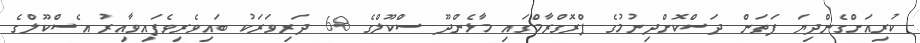
ކުރިއަށްގެންދިޔަ ފަތަން ދަސްކޮށްދިނުމުގެ ޕްރޮގްރާމްގައި މާޅެންދޫ ސްކޫލްގެ 68 ދަރިވަރަކު ބައިވެރިވެފައިވާއިރު އެސްކޫލްގެ